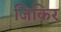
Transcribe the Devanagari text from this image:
जिकिर